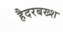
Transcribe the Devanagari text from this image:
हैदरबख्श